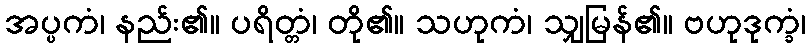
အပ္ပကံ၊ နည်း၏။ ပရိတ္တံ၊ တို၏။ သဟုကံ၊ သျှမြန်၏။ ဗဟုဒုက္ခံ၊